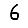
Digit: 6